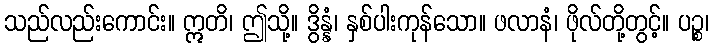
သည်လည်းကောင်း။ ဣတိ၊ ဤသို့။ ဒွိန္နံ၊ နှစ်ပါးကုန်သော။ ဖလာနံ၊ ဖိုလ်တို့တွင့်။ ပဉ္စ၊